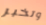
وتخبر